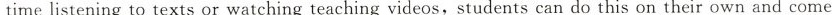
time listening to texts or watching teaching videos,students can do this on their own and come